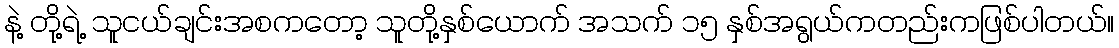
နဲ့ တို့ရဲ့ သူငယ်ချင်းအစကတော့ သူတို့နှစ်ယောက် အသက် ၁၅ နှစ်အရွယ်ကတည်းကဖြစ်ပါတယ်။